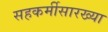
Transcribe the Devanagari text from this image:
सहकर्मीसारख्या